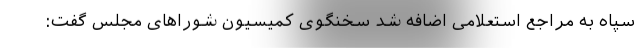
سپاه به مراجع استعلامی اضافه شد سخنگوی کمیسیون شوراهای مجلس گفت: